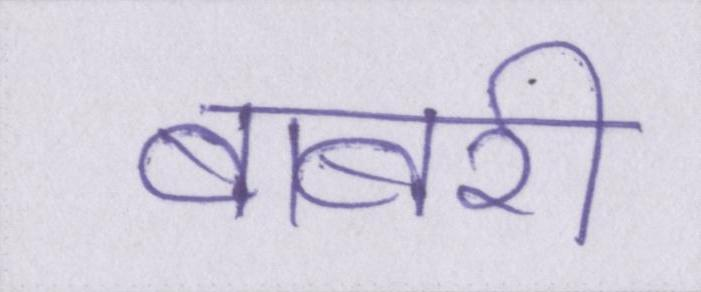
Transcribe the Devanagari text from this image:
बाबरी